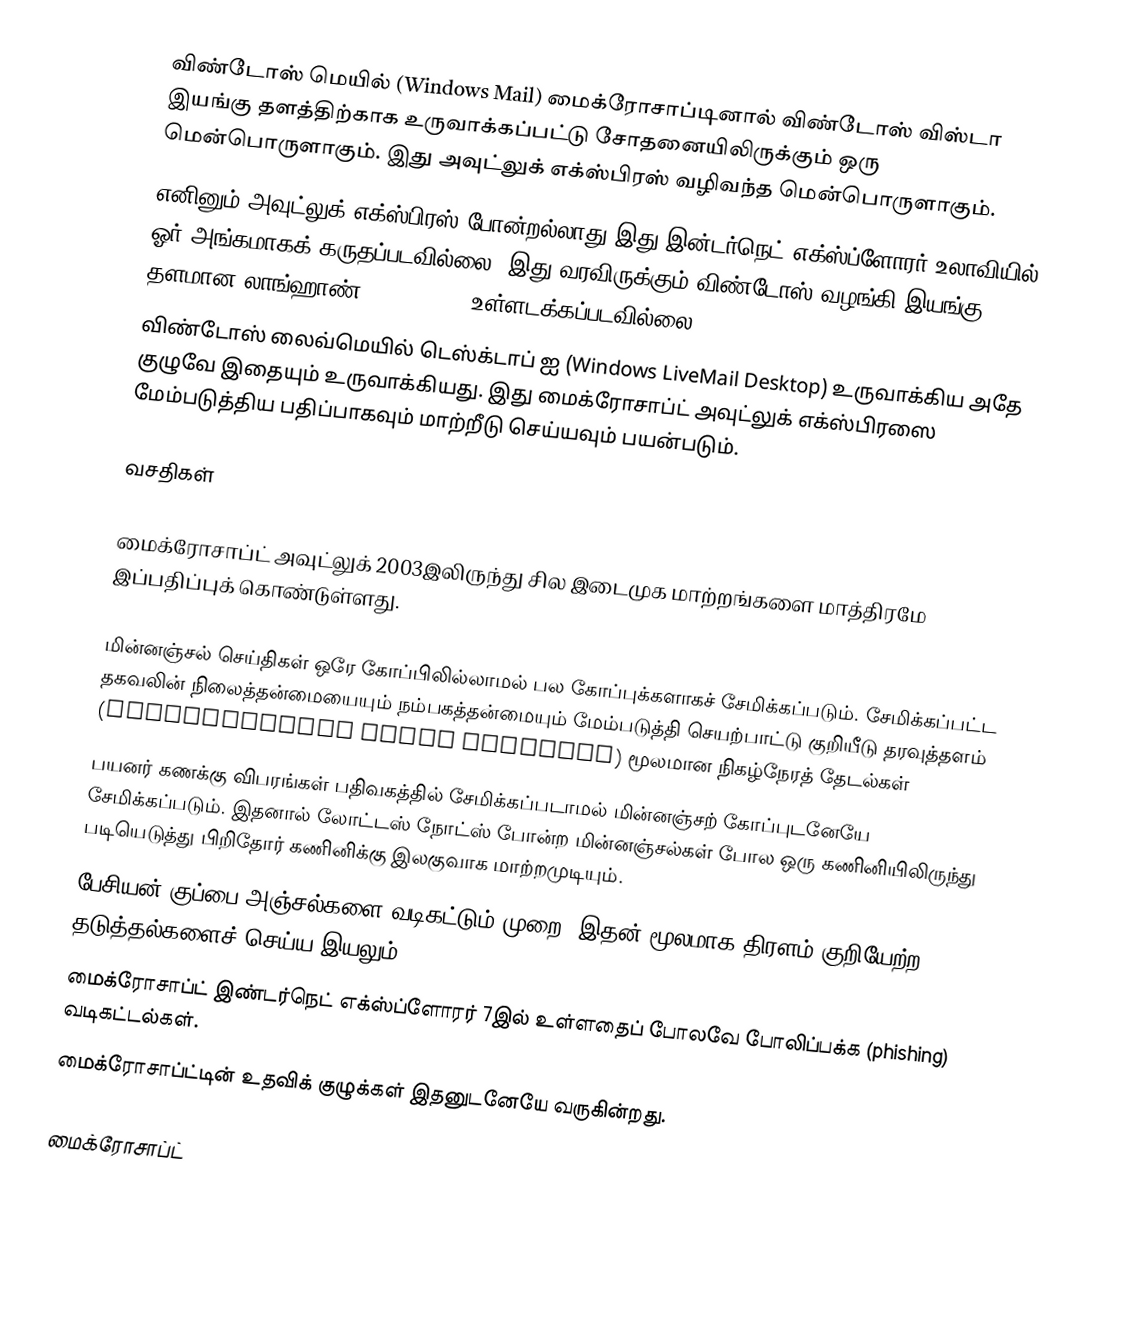
விண்டோஸ் மெயில் (Windows Mail) மைக்ரோசாப்டினால் விண்டோஸ் விஸ்டா இயங்கு தளத்திற்காக உருவாக்கப்பட்டு சோதனையிலிருக்கும் ஒரு மென்பொருளாகும். இது அவுட்லுக் எக்ஸ்பிரஸ் வழிவந்த மென்பொருளாகும்.
எனினும் அவுட்லுக் எக்ஸ்பிரஸ் போன்றல்லாது இது இன்டர்நெட் எக்ஸ்ப்ளோரர் உலாவியில் ஓர் அங்கமாகக் கருதப்படவில்லை. இது வரவிருக்கும் விண்டோஸ் வழங்கி இயங்கு தளமான லாங்ஹாண் (Long Horn) உள்ளடக்கப்படவில்லை.
விண்டோஸ் லைவ்மெயில் டெஸ்க்டாப் ஐ (Windows LiveMail Desktop) உருவாக்கிய அதே குழுவே இதையும் உருவாக்கியது. இது மைக்ரோசாப்ட் அவுட்லுக் எக்ஸ்பிரஸை மேம்படுத்திய பதிப்பாகவும் மாற்றீடு செய்யவும் பயன்படும்.

வசதிகள்

மைக்ரோசாப்ட் அவுட்லுக் 2003இலிருந்து சில இடைமுக மாற்றங்களை மாத்திரமே இப்பதிப்புக் கொண்டுள்ளது.

 மின்னஞ்சல் செய்திகள் ஒரே கோப்பிலில்லாமல் பல கோப்புக்களாகச் சேமிக்கப்படும். சேமிக்கப்பட்ட தகவலின் நிலைத்தன்மையையும் நம்பகத்தன்மையும் மேம்படுத்தி செயற்பாட்டு குறியீடு தரவுத்தளம் (transactional index database) மூலமான நிகழ்நேரத் தேடல்கள்
 பயனர் கணக்கு விபரங்கள் பதிவகத்தில் சேமிக்கப்படாமல் மின்னஞ்சற் கோப்புடனேயே சேமிக்கப்படும். இதனால் லோட்டஸ் நோட்ஸ் போன்ற மின்னஞ்சல்கள் போல ஒரு கணினியிலிருந்து படியெடுத்து பிறிதோர் கணினிக்கு இலகுவாக மாற்றமுடியும்.
 பேசியன் குப்பை அஞ்சல்களை வடிகட்டும் முறை. இதன் மூலமாக திரளம் குறியேற்ற தடுத்தல்களைச் செய்ய இயலும்.
 மைக்ரோசாப்ட் இண்டர்நெட் எக்ஸ்ப்ளோரர் 7இல் உள்ளதைப் போலவே போலிப்பக்க (phishing) வடிகட்டல்கள்.
 மைக்ரோசாப்ட்டின் உதவிக் குழுக்கள் இதனுடனேயே வருகின்றது.

மைக்ரோசாப்ட்